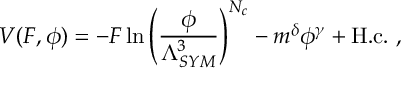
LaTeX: V ( F , \phi ) = - F \, \mathrm { l n } \left( \frac { \phi } { \Lambda _ { S Y M } ^ { 3 } } \right) ^ { N _ { c } } - m ^ { \delta } \phi ^ { \gamma } + \mathrm { H . c . } \ ,